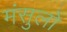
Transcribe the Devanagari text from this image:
मंसुलो